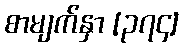
စာမျက်နှာ [၃၇၄]